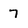
Character: 7